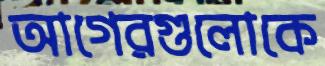
আগেরগুলোকে